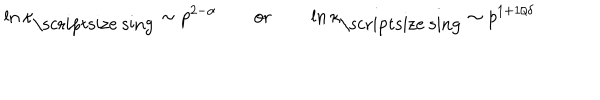
\ln \kappa _ { \mathrm { \scriptsize ~ s i n g } } \sim p ^ { 2 - \alpha } \qquad \mathrm { o r } \qquad \ln \kappa _ { \mathrm { \scriptsize ~ s i n g } } \sim p ^ { 1 + 1 / \delta }